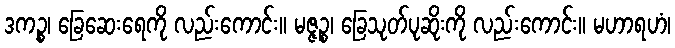
ဒကဉ္စ၊ ခြေဆေးရေကို လည်းကောင်း။ မဇ္ဇဉ္စ၊ ခြေသုတ်ပုဆိုးကို လည်းကောင်း။ မဟာရဟံ၊